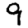
Digit: 9